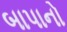
બાપાનો